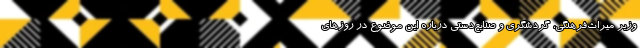
وزیر میراث‌فرهنگی، گردشگری و صنایع‌دستی درباره این موضوع در روزهای